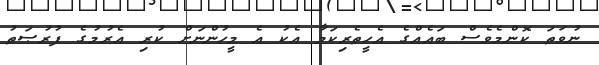
ނުވަތަ ކޮންމެވެސް ބައެއްގެ އެހީތެރިކަމާ އެކު އެ މީހުންނަށް ކުރި އެރުމުގެ ފުރުޞަތު